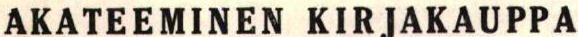
AKATEEMINEN KIRJAKAUPPA